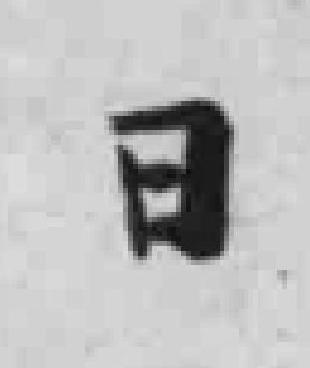
日